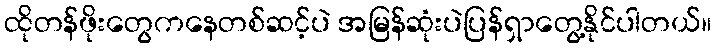
ထိုတန်ဖိုးတွေကနေတစ်ဆင့်ပဲ အမြန်ဆုံးပဲပြန်ရှာတွေ့နိုင်ပါတယ်။